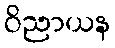
ဝိညာယန